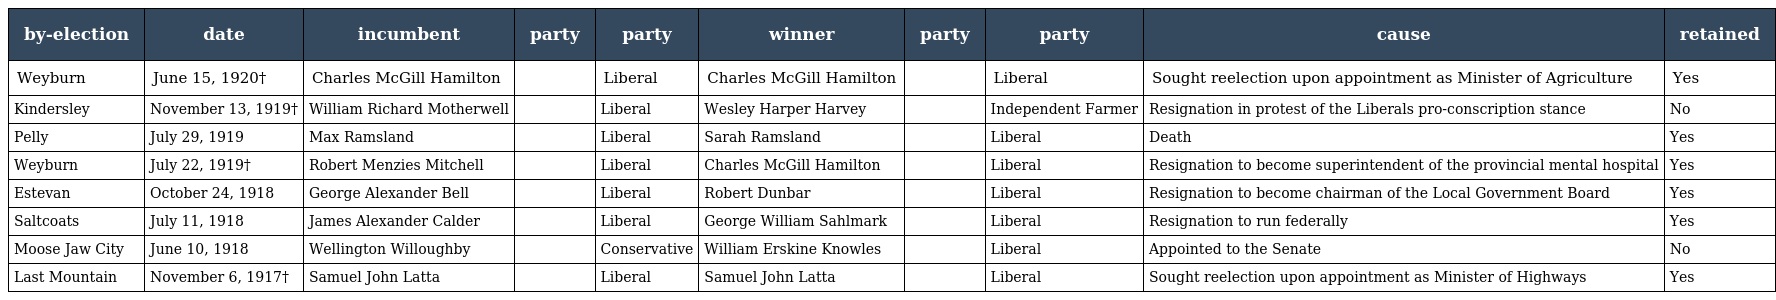
| by-election | date | incumbent | party | party | winner | party | party | cause | retained |
 | --- | --- | --- | --- | --- | --- | --- | --- | --- | --- |
 | Weyburn | June 15, 1920† | Charles McGill Hamilton |  | Liberal | Charles McGill Hamilton |  | Liberal | Sought reelection upon appointment as Minister of Agriculture | Yes |
 | Kindersley | November 13, 1919† | William Richard Motherwell |  | Liberal | Wesley Harper Harvey |  | Independent Farmer | Resignation in protest of the Liberals pro-conscription stance | No |
 | Pelly | July 29, 1919 | Max Ramsland |  | Liberal | Sarah Ramsland |  | Liberal | Death | Yes |
 | Weyburn | July 22, 1919† | Robert Menzies Mitchell |  | Liberal | Charles McGill Hamilton |  | Liberal | Resignation to become superintendent of the provincial mental hospital | Yes |
 | Estevan | October 24, 1918 | George Alexander Bell |  | Liberal | Robert Dunbar |  | Liberal | Resignation to become chairman of the Local Government Board | Yes |
 | Saltcoats | July 11, 1918 | James Alexander Calder |  | Liberal | George William Sahlmark |  | Liberal | Resignation to run federally | Yes |
 | Moose Jaw City | June 10, 1918 | Wellington Willoughby |  | Conservative | William Erskine Knowles |  | Liberal | Appointed to the Senate | No |
 | Last Mountain | November 6, 1917† | Samuel John Latta |  | Liberal | Samuel John Latta |  | Liberal | Sought reelection upon appointment as Minister of Highways | Yes |